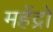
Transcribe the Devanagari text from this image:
महेंद्रो